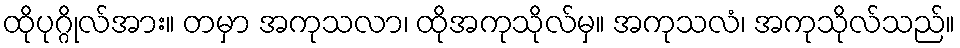
ထိုပုဂ္ဂိုလ်အား။ တမှာ အကုသလာ၊ ထိုအကုသိုလ်မှ။ အကုသလံ၊ အကုသိုလ်သည်။